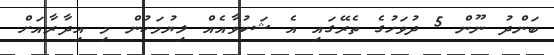
ބަންދު ނޫން 5 ދުވަހުގެ ތެރޭގައި އެ ޝަކުވާއެއް ލިޔުމަކުން މި އިދާރާއަށް